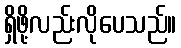
ရှိဖို့လည်းလိုပေသည်။